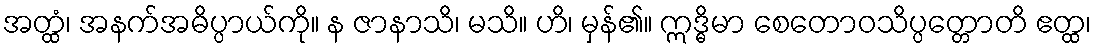
အတ္ထံ၊ အနက်အဓိပ္ပာယ်ကို။ န ဇာနာသိ၊ မသိ။ ဟိ၊ မှန်၏။ ဣဒ္ဓိမာ စေတောဝသိပ္ပတ္တောတိ ဧတ္ထ၊